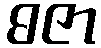
ဓဇာ